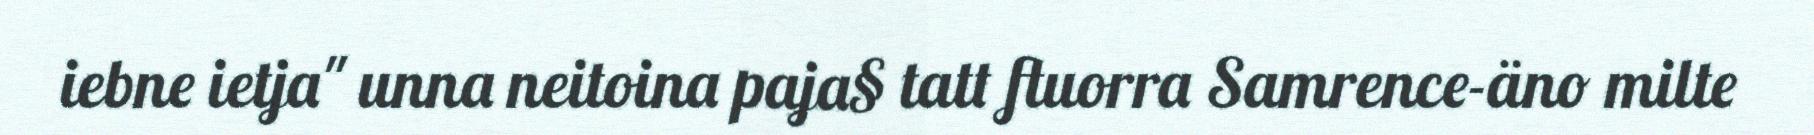
iebne ietja" unna neitoina paja§ tatt ftuorra Samrence-äno milte